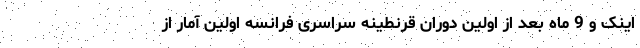
اینک و 9 ماه بعد از اولین دوران قرنطینه سراسری فرانسه اولین آمار از